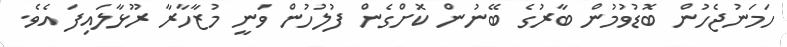
ހަމަނުޖެހުން ބޮޑުވުމުން ބާރުގެ ބޭނުން ކޮށްގެން ފުލުހުން ވަނީ މުޒާހާރާ ރޫޅާލައިފަ އެވެ.